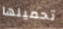
تحميلها